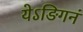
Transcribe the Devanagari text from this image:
येऽङिगनं